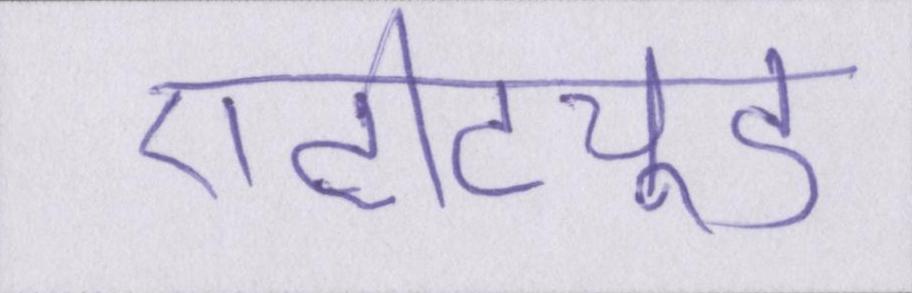
एटीट्यूड